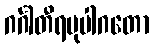
ဂင်္ဂါတီရမုပါဂတော